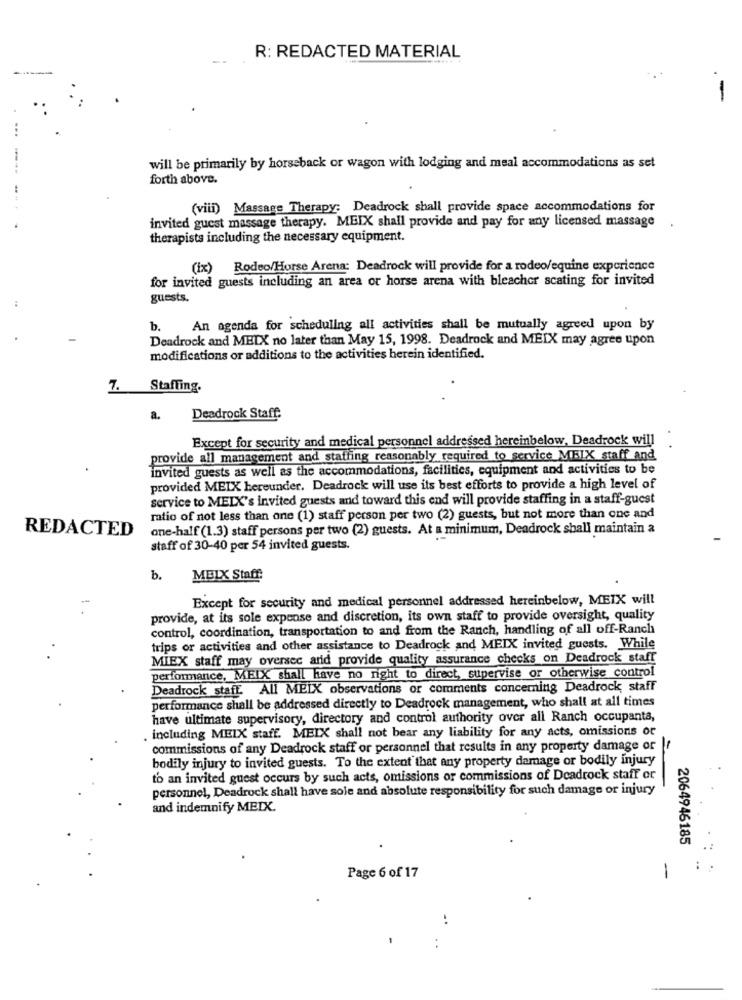
R: REDACTED MATERIAL
-
will be primarily by horseback or wagon with lodging and meal accommodations as set
forth above.
(viii) Massage Therapy: Deadrock shall provide space accommodations for
invited guest massage therapy. MEIX shall provide and pay for any licensed massage
therapists including the necessary equipment.
(ix) Rodeo/Horse Arena: Deadrock will provide for a rodeo/equine experience
for invited guests including an area or horse arena with bleacher scating for invited
:
guests.
b.
An agenda for scheduling all activities shall be mutually agreed upon by
Deadrock and METX no later than May 15, 1998. Deadrock and MEIX may agree upon
modifications or additions to the activities herein identified.
7.
Staffing.
a.
Deadrock Staff.
Except for security and medical personnel addressed hereinbelow, Deadrock will
provide all management and staffing reasonably required to service MEIX staff and
invited guests as well as the accommodations, facilities, equipment and activities to be
provided MEIX hereunder. Deadrock will use its best efforts to provide a high level of
service to MEIX's invited guests and toward this end will provide staffing in a staff-guest
ratio of not less than one (1) staff person per two (2) guests, but not more than one and
REDACTED
one-half (1.3) staff persons per two (2) guests. At a minimum, Deadrock shall maintain a
staff of 30-40 per 54 invited guests.
b.
MEIX Staff:
Except for security and medical personnel addressed hereinbelow, MEIX will
provide, at its sole expense and discretion, its own staff to provide oversight, quality
control, coordination, transportation to and from the Ranch, handling of all off-Ranch
trips or activities and other assistance to Deadrock and MEIX invited guests. While
MIEX staff may oversee arid provide quality assurance checks on Deadrock staff
performance, MEIX shall have no right to direct, supervise or otherwise control
Deadrock staff All MEIX observations or comments concerning Deadrock, staff
performance shall be addressed directly to Deadrock management, who shall at all times
have ultimate supervisory, directory and control authority over all Ranch occupanta,
, including MEIX staff. MEIX shall not bear any liability for any acts, omissions or
commissions of any Deadrock staff or personnel that results in any property damage or
bodily injury to invited guests. To the extent that any property damage or bodily injury
to an invited guest occurs by such acts, omissions or commissions of Deadrock staff or
personnel, Deadrock shall have sole and absolute responsibility for such damage or injury
and indemnify MEIX.
2064946185
:
Page 6 of 17
1
..
..